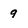
Character: 9